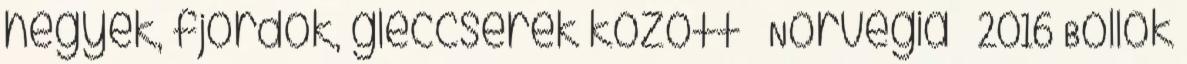
hegyek, fjordok, gleccserek között – Norvégia – 2016 Bollók